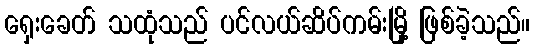
ရှေးခေတ် သထုံသည် ပင်လယ်ဆိပ်ကမ်းမြို့ ဖြစ်ခဲ့သည်။